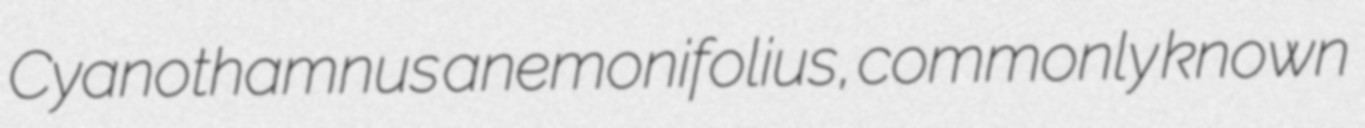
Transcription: Cyanothamnus anemonifolius, commonly known